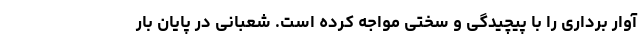
آوار برداری را با پیچیدگی و سختی مواجه کرده است. شعبانی در پایان بار